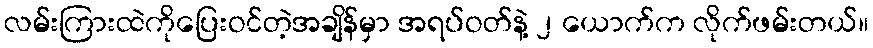
လမ်းကြားထဲကိုပြေးဝင်တဲ့အချိန်မှာ အရပ်ဝတ်နဲ့ ၂ ယောက်က လိုက်ဖမ်းတယ်။